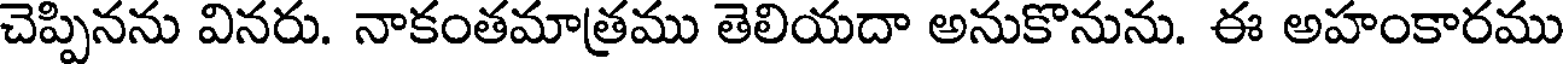
చెప్పినను వినరు. నాకంతమాత్రము తెలియదా అనుకొనును. ఈ అహంకారము